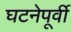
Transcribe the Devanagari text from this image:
घटनेपूर्वी